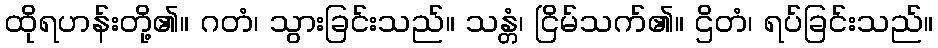
ထိုရဟန်းတို့၏။ ဂတံ၊ သွားခြင်းသည်။ သန္တံ၊ ငြိမ်သက်၏။ ဌိတံ၊ ရပ်ခြင်းသည်။